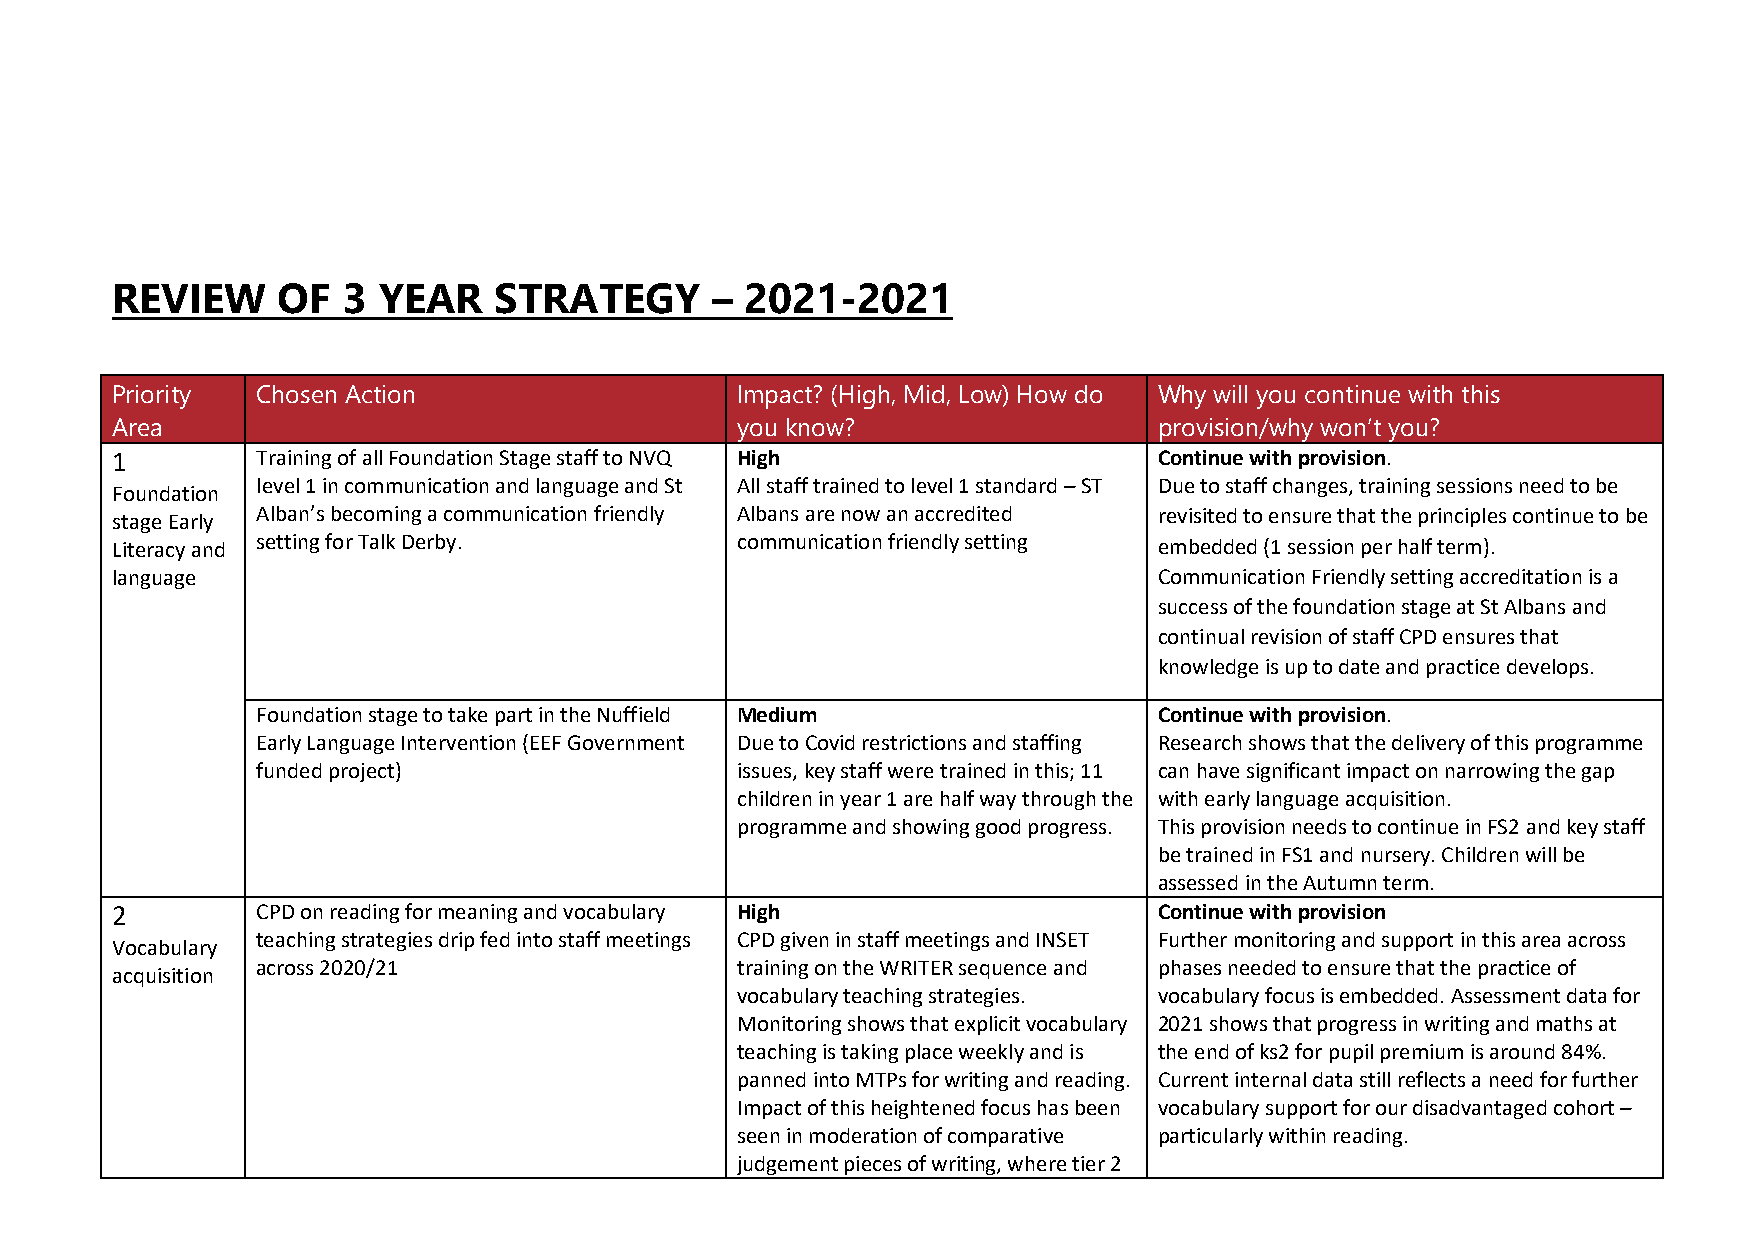
REVIEW     OF   3 YEAR    STRATEGY      – 2021-2021
 Priority  Chosen Action                   Impact? (High, Mid, Low) How do Why will you continue with this
 Area                                      you know?                   provision/why won’t you?
 1         Training of all Foundation Stage staff to NVQ High          Continue with provision.
 level 1 in communication and language and St All staff trained to level 1 standard – ST Due to staff changes, training sessions need to be
 Foundation
 stage Early Alban’s becoming a communication friendly Albans are now an accredited revisited to ensure that the principles continue to be
 Literacy and setting for Talk Derby.      communication friendly setting embedded (1 session per half term).
 language                                                              Communication Friendly setting accreditation is a
 success of the foundation stage at St Albans and
 continual revision of staff CPD ensures that
 knowledge is up to date and practice develops.
 Foundation stage to take part in the Nuffield Medium        Continue with provision.
 Early Language Intervention (EEF Government Due to Covid restrictions and staffing Research shows that the delivery of this programme
 funded project)                 issues, key staff were trained in this; 11 can have significant impact on narrowing the gap
 children in year 1 are half way through the with early language acquisition.
 programme and showing good progress. This provision needs to continue in FS2 and key staff
 be trained in FS1 and nursery. Children will be
 assessed in the Autumn term.
 2         CPD on reading for meaning and vocabulary High              Continue with provision
 teaching strategies drip fed into staff meetings CPD given in staff meetings and INSET Further monitoring and support in this area across
 Vocabulary
 across 2020/21                  training on the WRITER sequence and phases needed to ensure that the practice of
 acquisition
 vocabulary teaching strategies. vocabulary focus is embedded. Assessment data for
 Monitoring shows that explicit vocabulary 2021 shows that progress in writing and maths at
 teaching is taking place weekly and is the end of ks2 for pupil premium is around 84%.
 panned into MTPs for writing and reading. Current internal data still reflects a need for further
 Impact of this heightened focus has been vocabulary support for our disadvantaged cohort –
 seen in moderation of comparative particularly within reading.
 judgement pieces of writing, where tier 2